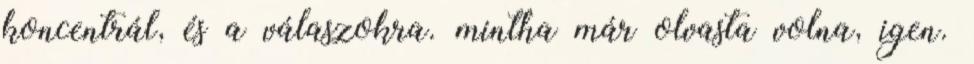
koncentrál, és a válaszokra. mintha már olvasta volna, igen.